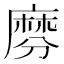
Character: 𪎕